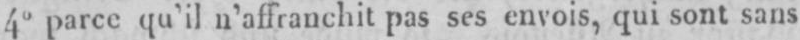
4° parce qu’il n’affranchit pas ses envois, qui sont sans